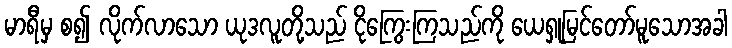
မာရီမှ စ၍ လိုက်လာသော ယုဒလူတို့သည် ငိုကြွေးကြသည်ကို ယေရှုမြင်တော်မူသောအခါ